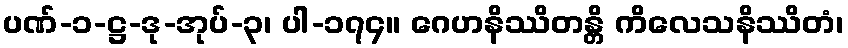
ပဏ်-၁-ဋ္ဌ-ဒု-အုပ်-၃၊ ပါ-၁၇၄။ ဂေဟနိဿိတန္တိ ကိလေသနိဿိတံ၊